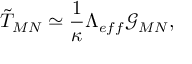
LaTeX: \tilde { T } _ { M N } \simeq \frac { 1 } { \kappa } \Lambda _ { e f f } \mathcal { G } _ { M N } ,